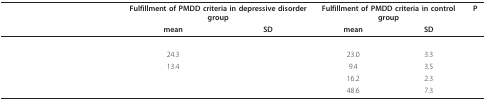
<table><thead><tr><td>[EMPTY_CELL]</td><td colspan="2"><b>Fulfillment of PMDD criteria in depressive disorder group</b></td><td colspan="2"><b>Fulfillment of PMDD criteria in control group</b></td><td><b>P</b></td></tr><tr><td>[EMPTY_CELL]</td><td><b>mean</b></td><td><b>SD</b></td><td><b>mean</b></td><td><b>SD</b></td><td>[EMPTY_CELL]</td></tr></thead><tbody><tr><td>[EMPTY_CELL]</td><td>[EMPTY_CELL]</td><td>[EMPTY_CELL]</td><td>[EMPTY_CELL]</td><td>[EMPTY_CELL]</td><td>[EMPTY_CELL]</td></tr><tr><td>[EMPTY_CELL]</td><td>24.3</td><td>[EMPTY_CELL]</td><td>23.0</td><td>3.3</td><td>[EMPTY_CELL]</td></tr><tr><td>[EMPTY_CELL]</td><td>13.4</td><td>[EMPTY_CELL]</td><td>9.4</td><td>3.5</td><td>[EMPTY_CELL]</td></tr><tr><td>[EMPTY_CELL]</td><td>[EMPTY_CELL]</td><td>[EMPTY_CELL]</td><td>16.2</td><td>2.3</td><td>[EMPTY_CELL]</td></tr><tr><td>[EMPTY_CELL]</td><td>[EMPTY_CELL]</td><td>[EMPTY_CELL]</td><td>48.6</td><td>7.3</td><td>[EMPTY_CELL]</td></tr></tbody></table>